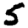
Digit: 5